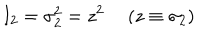
I _ { 2 } = \sigma _ { 2 } ^ { 2 } = z ^ { 2 } ~ ~ ( z \equiv \sigma _ { 2 } )